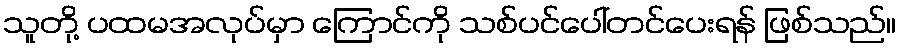
သူတို့ ပထမအလုပ်မှာ ကြောင်ကို သစ်ပင်ပေါ်တင်ပေးရန် ဖြစ်သည်။